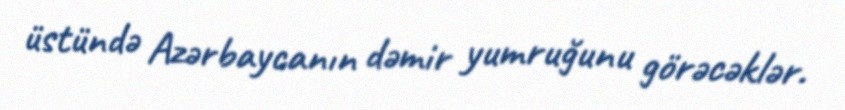
üstündə Azərbaycanın dəmir yumruğunu görəcəklər.